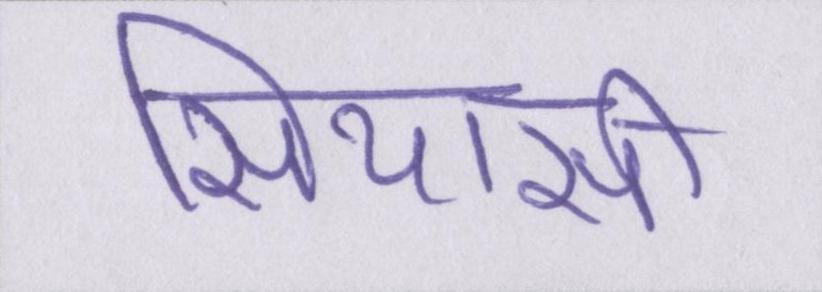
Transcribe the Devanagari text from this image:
सियासी